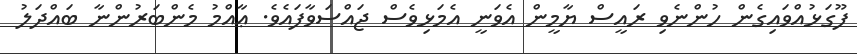
ފޫގަޅުއްވައިގެން ހުންނެވި ރައީސް ޔާމީން އެވަނީ އެމަޅިވެސް ޖައްސަވާފައެވެ. ޢާއްމު މެންބަރުންނާ ބައްދަލު